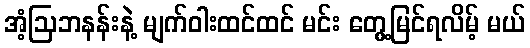
အံ့ဩဘနန်းနဲ့ မျက်ဝါးထင်ထင် မင်း တွေ့မြင်ရလိမ့် မယ်